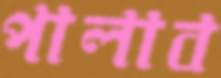
পালাব